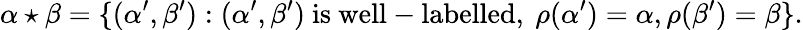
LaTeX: \alpha\star\beta=\{ (\alpha^{\prime},\beta^{\prime}):(\alpha^{\prime},\beta^{\prime}){\mathrm{~is~well-labelled,~}}\rho(\alpha^{\prime})=\alpha,\rho(\beta^{\prime})=\beta\} .